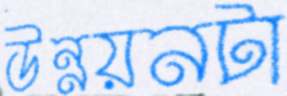
উন্নয়নটা